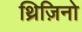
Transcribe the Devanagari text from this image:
थ्रिज़िनो